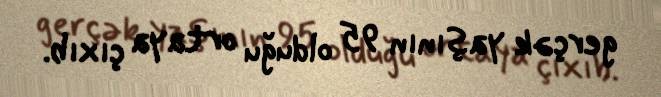
gerçək yaşının 95 olduğu ortaya çıxıb.